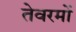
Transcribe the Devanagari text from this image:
तेवरमों